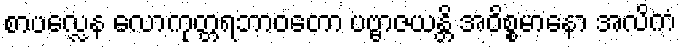
စာပလ္လေန လောကုတ္တရဘာဝတော ပဗ္ဗာဇယန္တိ အဝိစ္စမာနော အလိကံ